Cholera in India, 1862 to 1881
Year: 1862
Disease focus: Cholera
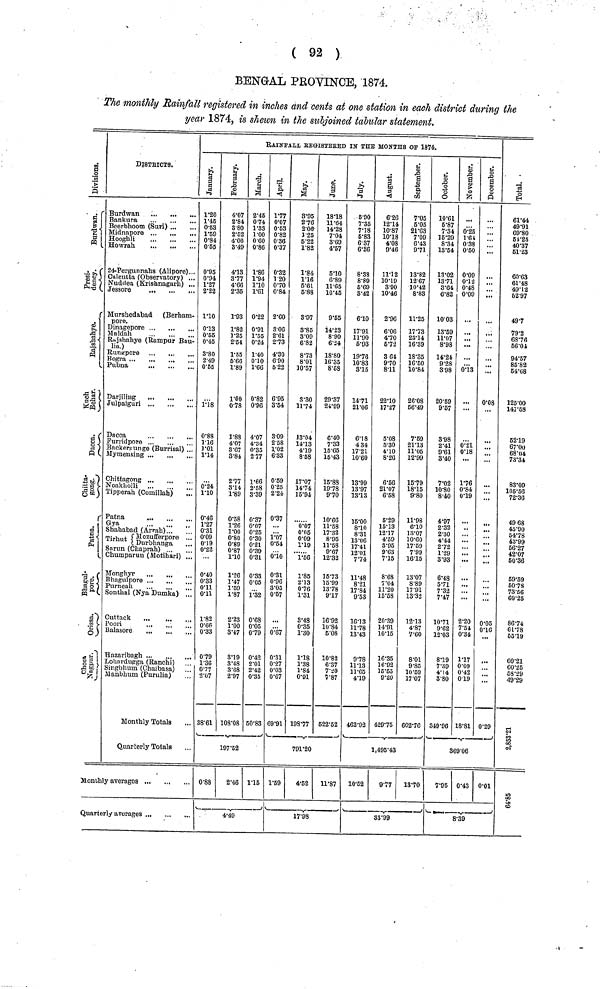
( 92 )
BENGAL PROVINCE, 1874.
The monthly Rainfall registered in inches and cents at one station in each district during the
year 1874, is shewn in the subjoined tabular statement.
Divisions.
Behar.
Patna
Bhagul.
Chota Nagpur.
DISTRICTS.
Burdwan
3ankura
Beerbhootn (Suri) ..
Midnapore
Hooghli
Howrah.
24-Pergunnahs (Alipore)...
Calcutta (Observatory) ...
Nuddea (Krishnagarh) ...
Jessore
...
Murshedabad (Berham-
pore.
Dinagepore
Maldah
Rajsahahye (Rampur Bau-
lia.)
Rungpore
,
Pubna
Julpaiguri
Dacca
Eumdpore
Backeraunge (Burrisal) ...
Mymensing
Chittagong
Noakholli
Tipperah (Comillah)
...
Patna
Gya
Shahabad (Arrah)
Tirhut {Mozufferpore ...
Tirhut {Durbhanga ...
Sarun (Chaprah)
Chumparun (Hotihari) ...
Monghyr
,.
Bhagulpore
Purneah
Sonthal (Nya Dumka) ...
Cuttack
Poori
Balasore
Hazaribagh
Lohardugga (Ranchi)
Singbhum (Ghaibasa)
Manbhum (Purulia)
Monthly Totals
Quarterly Totals
Monthly averages
Quarterly averages
January.
1.20
1.46
0.53
1.59
0.84
0.65
0.95
0.94
1.27
2.22
1.10
0.13
0.55
0.45
3.80
2.49
0.55
1.18
0.88
1.16
1.01
1.14
0.24
1.10
0.46
1.27
0.31
0.09
0.19
0.22
0.40
0.33
0.11
0.11
1.82
0.66
0.33
0.79
1.36
0.77
2.07
38.61
Februwary.
4.07
2.84
3 80
2.62
4.06
3.49
4.13
3.77
4.66
2.35
1.93
1.82
1.25
2.54
1.55
5.66
1.89
1.00
0.78
1.88
4.07
3.67
3.84
2.77
3.14
1.89
0.58
1.26
1.00
0.80
0.89
0.87
1.10
1.26
1.47
1.59
1.87
2.23
1.00
3.47
3.19
3.48
3.68
2.97
108.08
RAINFALL REGISTERED IN THE MONTHS OF 1874
March.
2.45
0.74
1.33
1.00
0.60
0.86
1.86
1.94
1.10
1.61
0.22
0.91
1.55
0.24
1.40
0.10
1.66
0.82
0.96
4.07
4.34
0.35
2 77
1.66
2.58
3.39
0.37
0.07
0.25
0.30
0.21
0.39
0.31
0.33
0.05
1.32
0.68
0.05
0.79
0.42
2.01
2.42
0.35
50.83
197.52
0.88
2.46 1.15
4.49
_
April.
1.77
0.07
0.53
0.82
0.36
0.37
0.32
1 20
0.70
0.84
2.60
3.06
2.61
2.73
4.30
6 90
5 22
6.95
3.54
3.09
2.58
1.02
6.83
0.59
0.25
2.24
0.37
...
1.07
0.54
0.10
0.31
0.96
3.05
0.57
0.67
0.31
0.27
0.03
0.67
69.91
May.
8.95
2.76
2.06
1.25
5.22
1.82
1.84
1.16
5.61
5.88
3.97
3.85
8.09
6.82
8.73
8.01
10.57
3.30
11.74
13.04
14.13
4.19
8.58
17.07
14.74
15.94
0.07
0.05
0.09
1.19
1.56
1.85
2.13
0.76
1.31
8.48
0.35
1.30
1.18
1.38
1.84
0.91
193.77
June.
18.18
11.64
14.28
7.04
3.69
4.57
5.10
6.89
11.65
10.45
9.55
14.23
8.90
6.24
18.80
16.35
8.68
29.37
24.99
6.40
7.33
15.65
15.43
15.88
19.78
9.70
10.66
11.58
17.32
8.95
11.58
9.67
12.32
16.73
15.99
13.78
9.17
16.92
10.84
6.08
10.82
6.37
7.20
7.87
522.52
791.20
1.59
4.52
11.87
17.98
5.90
7.35
7.18
5.83
6 37
636
8.38
8.89
5.69
3.42
6.10
17.91
11.90
6.93
19.76
10.83
3.15
14.71
21.06
6.18
4 34
17.21
10.60
13.99
13.97
13.13
15.00
8.10
8.31
13.06
17.41
12.01
7.74
11.48
8.21
17.84
9.53
16.13
11.78
13.43
9.78
11.13
11.65
4.19
462.92
August.
6.26
12.14
10.87
10.18
4.08
9.46
11.12
10.19
3.90
10.46
2.96
6.06
4.70
6.72
3 64
9.70
8.11
22.10
17.27
5.08
5.30
4.10
8.26
6.56
21.07
6.68
5.29
15.13
12.17
4.59
3.95
9.63
7.15
8.68
7.04
11.20
15.58
20.39
14.91
10.15
16.35
16.92
15.55
9.20
429.75
September.
7.05
5.05
21.63
7.09
6.43
9.71
13.82
12 67
10.42
8.83
11.25
17.73
23.14
16.39
18.35
16.50
10.84
26.08
56.49
7.59
21.13
11.05
12.99
15.79
18.15
9.80
11.98
6.10
13.07
10.60
17.59
7.99
16.15
13.07
8.89
17.91
13.32
12.13
4.87
7.60
8.01
9.85
10.59
17.07
602.76
1,495.43
10.52
9.77 13.70
33.99
October.
10.61
6.87
7.34
15.29
8.34
13.54
13.02
13.71
3.64
6.82
10. 03
13.59
11.07
8.98
14.24
9.28
8.98
20.59
9.57
3.98
2.41
9.61
3.40
7.02
10.80
8.40
4.97
2.32
2.30
4.44
2.72
1.29
3.93
6.48
5.71
7.32
7.47
10.71
9.62
12.03
8.19
7.39
4.14
3.80
819.96
November.
0.25
1.61
0.38
0.60
0.09
0.12
0.48
0.09
...
...
0.13
0.21
0.18
1.76
0.84
0.19
...
2.20
7.51
0.34
1.17
0.09
0.42
0.19
18.81
December.
.
0.08
...
...
...
...
0.05
0.16
...
0.29
369.06
7.95 0.43 0.01
8.39
Total.
61.44
49.91
69.80
54.25
40.37
51.23
60.63
61.48
49.12
52 97
49.7
79.2
68.76
66.01
94.57
85.82
54.68
125.00
147.58
52.19
67.00
68.04
73.34
83.09
105.56
72.36
49 68
45.80
54.78
43.99
56.27
42.07
50.36
59.59
50.78
73.56
60.25
86.74
61.78
65.19
60.21
60.25
58.29
49.29
2,853.21
64.85